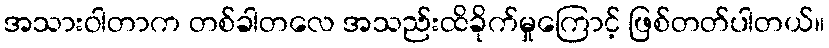
အသားဝါတာက တစ်ခါတလေ အသည်းထိခိုက်မှုကြောင့် ဖြစ်တတ်ပါတယ်။